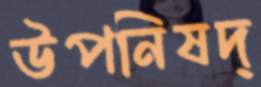
উপনিষদ্‌